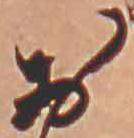
お